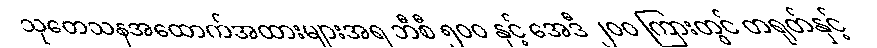
သုတေသနအထောက်အထားများအရ ဘီစီ ၅၀၀ နှင့် အေဒီ ၂၀၀ ကြားတွင် တရုတ်နှင့်